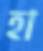
হা